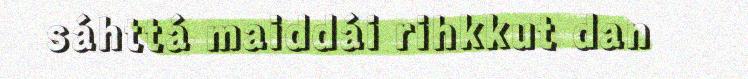
sáhttá maiddái rihkkut dan